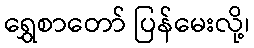
ရွှေစာတော် ပြန်မေးလို့၊